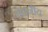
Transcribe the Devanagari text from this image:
पचनीय